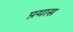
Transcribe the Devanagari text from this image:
प़यास